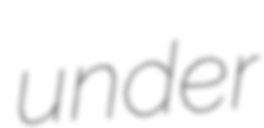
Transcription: under